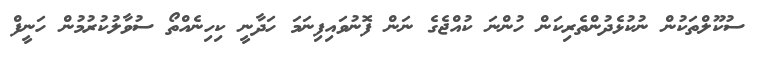
ސުކޫލްތަކުން ނުކުޅެދުންތެރިކަން ހުންނަ ކުއްޖެގެ ނަން ފޮނުވައިފިނަމަ ހަދާނީ ކިހިނެއްތޯ ސުވާލުކުރުމުން ހަނީފް